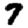
Digit: 7